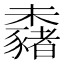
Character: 𣠕